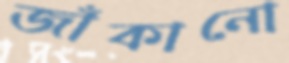
জাঁকানো